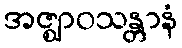
အဇ္ဈာဝသန္တာနံ